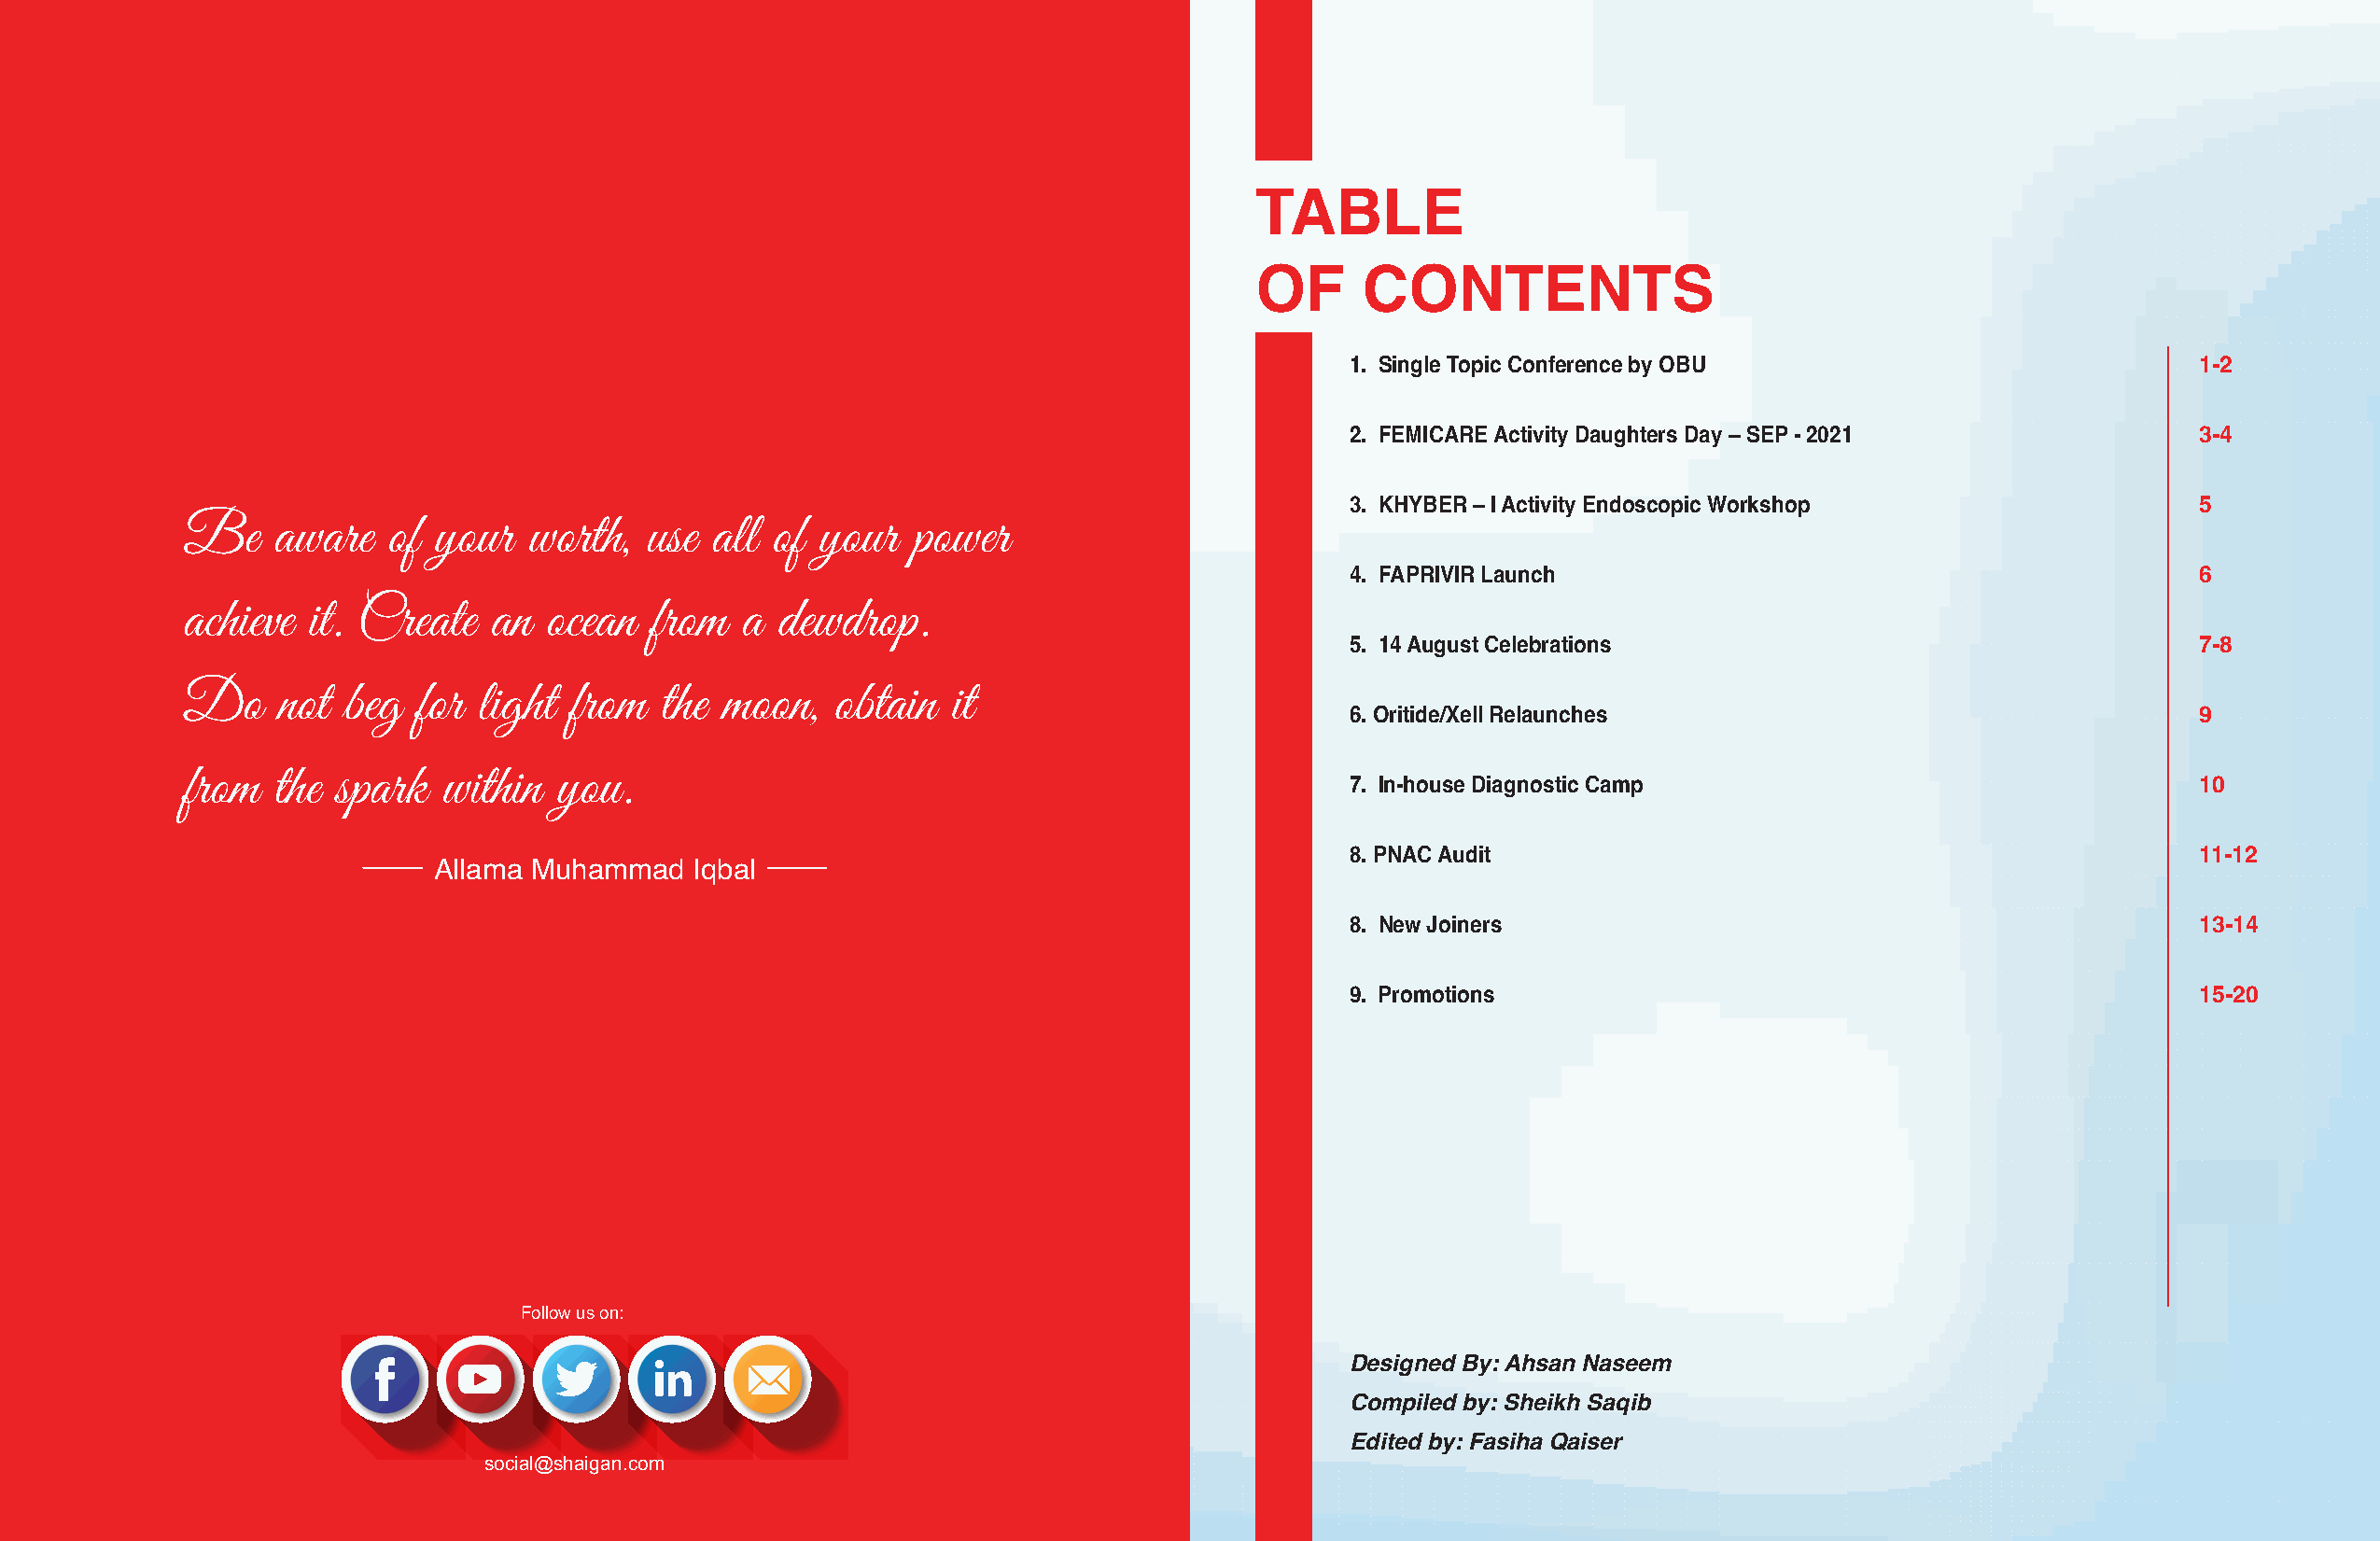
TABLE
 OF      CONTENTS
 1. Single Topic Conference by OBU                           1-2
 2. FEMICARE Activity Daughters Day – SEP - 2021             3-4
 3. KHYBER – I Activity Endoscopic Workshop                  5
 Be    aware   of  your  worth,   use all  of your   power
 4. FAPRIVIR Launch                                          6
 achieve  it. Create   an  ocean  from   a dewdrop.
 5. 14 August Celebrations                                   7-8
 Do     not beg   for light from   the moon,   obtain  it
 6. Oritide/Xell Relaunches                                  9
 from  the  spark  within  you.                                                     7. In-house Diagnostic Camp                                 10
 8. PNAC Audit                                               11-12
 Allama Muhammad   Iqbal
 8. New Joiners                                              13-14
 9. Promotions                                               15-20
 Follow us on:
 Designed By: Ahsan Naseem
 Compiled by: Sheikh Saqib
 Edited by: Fasiha Qaiser
 social@shaigan.com